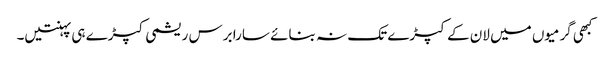
کبھی گرمیوں میں لان کے کپڑے تک نہ بنائے سارا برس ریشمی کپڑے ہی پہنتیں۔